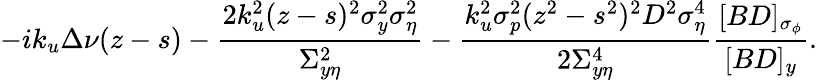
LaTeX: -ik_{u}\Delta\nu(z-s)-\frac{2k_{u}^{2}(z-s)^{2}\sigma_{y}^{2}\sigma_{\eta}^{2}}{\Sigma_{y\eta}^{2}}-\frac{k_{u}^{2}\sigma_{p}^{2}(z^{2}-s^{2})^{2}D^{2}\sigma_{\eta}^{4}}{2\Sigma_{y\eta}^{4}}\frac{[BD]_{\sigma_{\phi}}}{[BD]_{y}}.